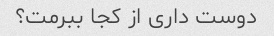
دوست داری از کجا ببرمت؟